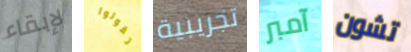
لإبقاء تقولوا تجريبية آمبر تشون